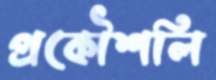
প্রকৌশলি